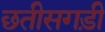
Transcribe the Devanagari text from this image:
छतीसगड़ी